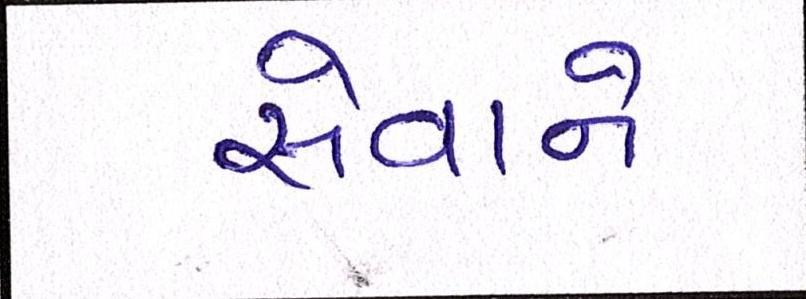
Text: સેવાને